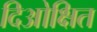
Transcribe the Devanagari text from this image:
दिओक्षित